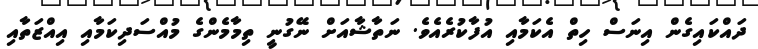
ދައްކައިގެން އިނަސް ހިތް އެކަމާއި އުފާކުރެއެވެ. ނަތާޝާއަށް ނޭގުނީ ތިމާމެންގެ މުއްސަދިކަމާއި އިއްޒަތާއި